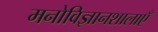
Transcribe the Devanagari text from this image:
मनोविज्ञानशालाएँ